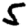
Digit: 5